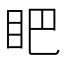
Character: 𱲫